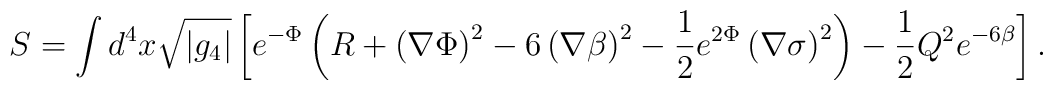
S=\int d^4x \sqrt{|g_4|} \left[ e^{-\Phi} \left( R+\left( \nabla \Phi \right)^2 -6 \left( \nabla \beta \right)^2 -\frac{1}{2} e^{2\Phi} \left( \nabla \sigma \right)^2 \right) -\frac{1}{2} Q^2 e^{-6\beta} \right]  .